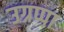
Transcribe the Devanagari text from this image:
उग्रप्पा